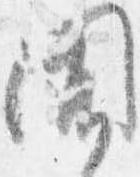
聞